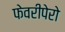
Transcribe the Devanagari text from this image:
फेवरीपेरो